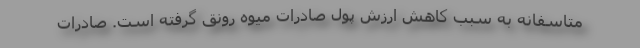
متاسفانه به سبب کاهش ارزش پول صادرات میوه رونق گرفته است. صادرات